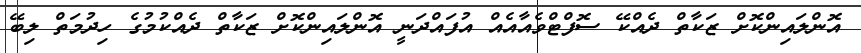
އޮންލައިންކޮށް ޒަކާތް ދެއްކޭ ސޮފްޓްވެއާއެއް އުފައްދަނީ އޮންލައިންކޮށް ޒަކާތް ދެއްކުމުގެ ހިދުމަތް ލިބޭ